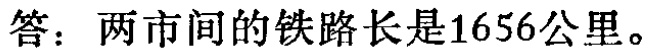
答：两市间的铁路长是1656公里。